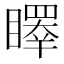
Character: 𥋭